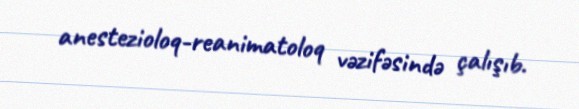
anestezioloq-reanimatoloq vəzifəsində çalışıb.